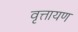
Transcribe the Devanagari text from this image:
वृत्तायण